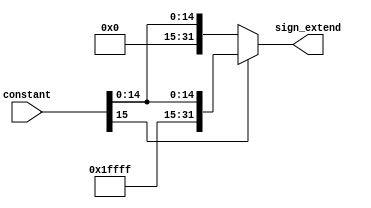
`timescale 1ns / 1ps
//////////////////////////////////////////////////////////////////////////////////
// Company: 
// Engineer: 
// 
// Design Name: 
// Module Name: signext
// Project Name: 
// Target Devices: 
// Tool Versions: 
// Description: 
// 
// Dependencies: 
// 
// Revision:
// Revision 0.01 - File Created
// Additional Comments:
// 
//////////////////////////////////////////////////////////////////////////////////


module signext(
    input [15:0]constant,
    output [31:0]sign_extend
    );
assign sign_extend = (constant[15] == 0)?{{16{1'b0}},constant[15:0]}:{{16{1'b1}},constant[15:0]};
endmodule